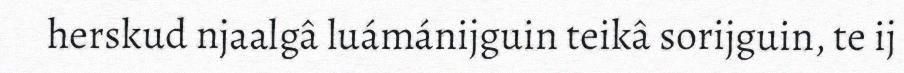
herskud njaalgâ luámánijguin teikâ sorijguin, te ij